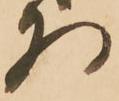
為